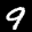
Label: 9